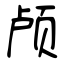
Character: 颅